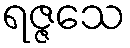
ရဇ္ဇသေ